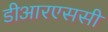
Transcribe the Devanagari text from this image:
डीआरएससी